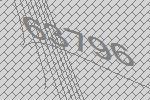
63796